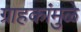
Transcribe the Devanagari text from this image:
ग्राहकांमुळे